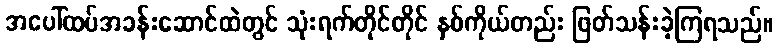
အပေါ်ထပ်အခန်းဆောင်ထဲတွင် သုံးရက်တိုင်တိုင် နှစ်ကိုယ်တည်း ဖြတ်သန်းခဲ့ကြရသည်။